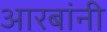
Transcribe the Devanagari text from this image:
आरबांनी